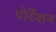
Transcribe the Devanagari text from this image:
पोर्टेशन